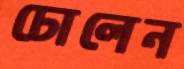
ঢোলেন